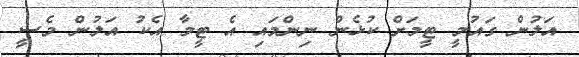
އަލުން ގައުމީ ޓީމަށް ކުޅެން ނިންމައި އެ ޓީމާ އެކު އަލުން މެސީ